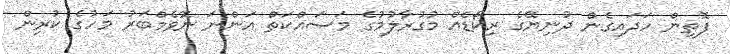
ފޮތިން ހަދައިގެން ދުނިޔޭގެ ރިކޯޑެއް މުގުރާލުމުގެ މަސައްކަތް އަންނަ ނޮވެމްބަރު މަހުގެ ކުރިން